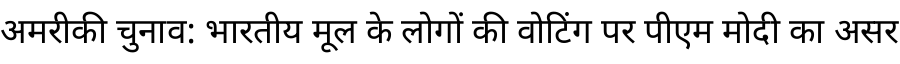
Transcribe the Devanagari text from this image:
अमरीकी चुनाव: भारतीय मूल के लोगों की वोटिंग पर पीएम मोदी का असर